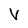
Character: V